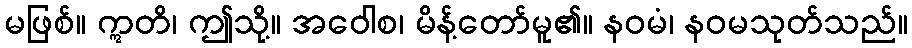
မဖြစ်။ ဣတိ၊ ဤသို့။ အဝေါစ၊ မိန့်တော်မူ၏။ နဝမံ၊ နဝမသုတ်သည်။